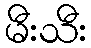
မီးသီး